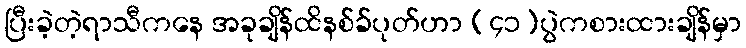
ပြီးခဲ့တဲ့ရာသီကနေ အခုချိန်ထိနစ်ခ်ပုတ်ဟာ (၄၁)ပွဲကစားထားချိန်မှာ